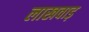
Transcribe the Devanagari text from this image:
लाखवाड़